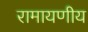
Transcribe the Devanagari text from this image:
रामायणीय